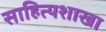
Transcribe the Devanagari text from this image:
साहित्यशाखा